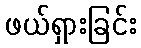
ဖယ်ရှားခြင်း